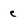
Character: e